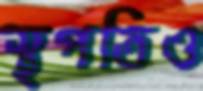
স্থপতিও